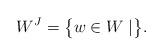
LaTeX: \begin{align*}W^J = \bigl\{ w \in W \mid \bigr\} .\end{align*}